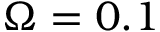
\Omega = 0 . 1